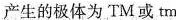
产生的极体为TM或tm